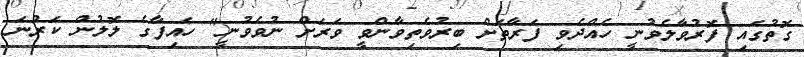
ގޮތުގައި ފޮރުވާލެވުނީ ހެއްދެވި ފަރާތަށް ބިރުވެތިވާންވީ ވަރަށް ނުވެވުނީ" ހައިފާގެ ލޮލުން ކަރުނަ